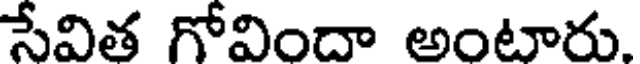
సేవిత గోవిందా అంటారు.